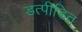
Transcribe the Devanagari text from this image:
डत्पीडित